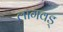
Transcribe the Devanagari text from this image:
लागवड्